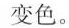
变色。